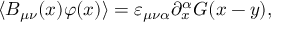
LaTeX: \langle B _ { \mu \nu } ( x ) \varphi ( x ) \rangle = \varepsilon _ { \mu \nu \alpha } \partial _ { x } ^ { \alpha } G ( x - y ) ,